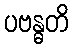
ပဗန္ဓတိ